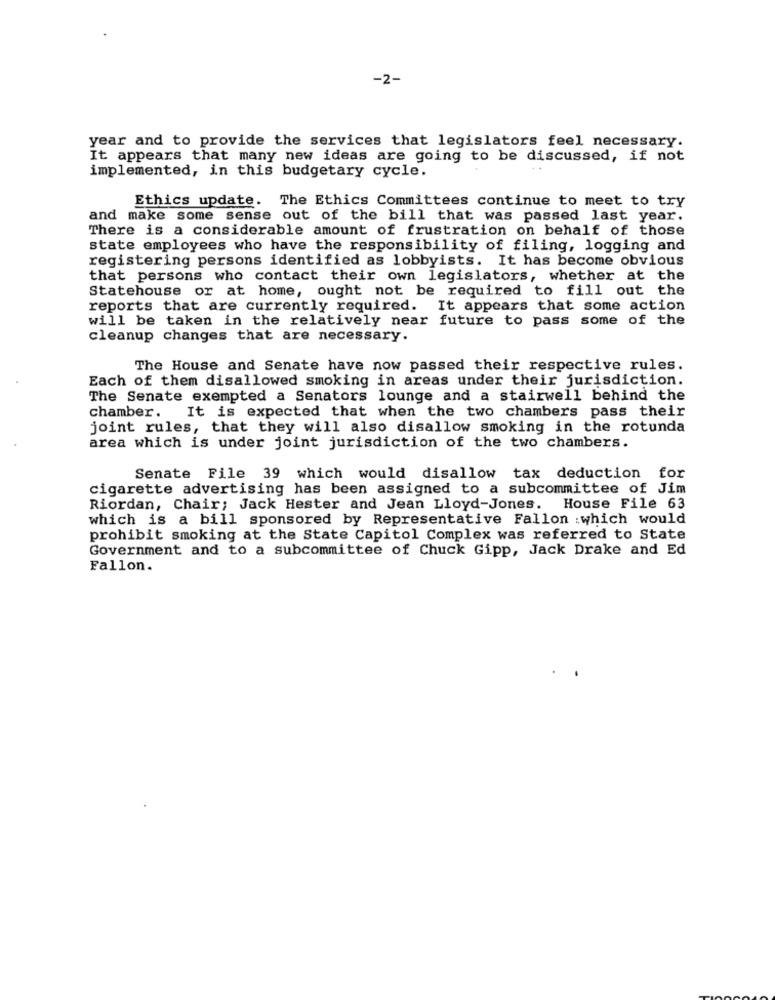
-2-
year and to provide the services that legislators feel necessary.
It appears that many new ideas are going to be discussed, if not
implemented, in this budgetary cycle.
Ethics update. The Ethics Committees continue to meet to try
and make some sense out of the bill that was passed last year.
There is a considerable amount of frustration on behalf of those
state employees who have the responsibility of filing, logging and
registering persons identified as lobbyists. It has become obvious
that persons who contact their own legislators, whether at the
Statehouse or at home, ought not be required to fill out the
reports that are currently required. It appears that some action
will be taken in the relatively near future to pass some of the
cleanup changes that are necessary.
The House and Senate have now passed their respective rules.
Each of them disallowed smoking in areas under their jurisdiction.
The Senate exempted a Senators lounge and a stairwell behind the
chamber. It is expected that when the two chambers pass their
joint rules, that they will also disallow smoking in the rotunda
area which is under joint jurisdiction of the two chambers.
Senate File 39 which would disallow tax deduction for
cigarette advertising has been assigned to a subcommittee of Jim
Riordan, Chair; Jack Hester and Jean Lloyd-Jones. House File 63
which is a bill sponsored by Representative Fallon :which would
prohibit smoking at the State Capitol Complex was referred to State
Government and to a subcommittee of Chuck Gipp, Jack Drake and Ed
Fallon.